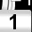
Digit: 1